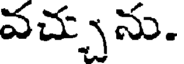
వచ్చును.